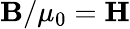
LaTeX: \mathbf{B}/\mu_{0}=\mathbf{H}